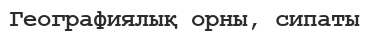
Географиялық орны, сипаты